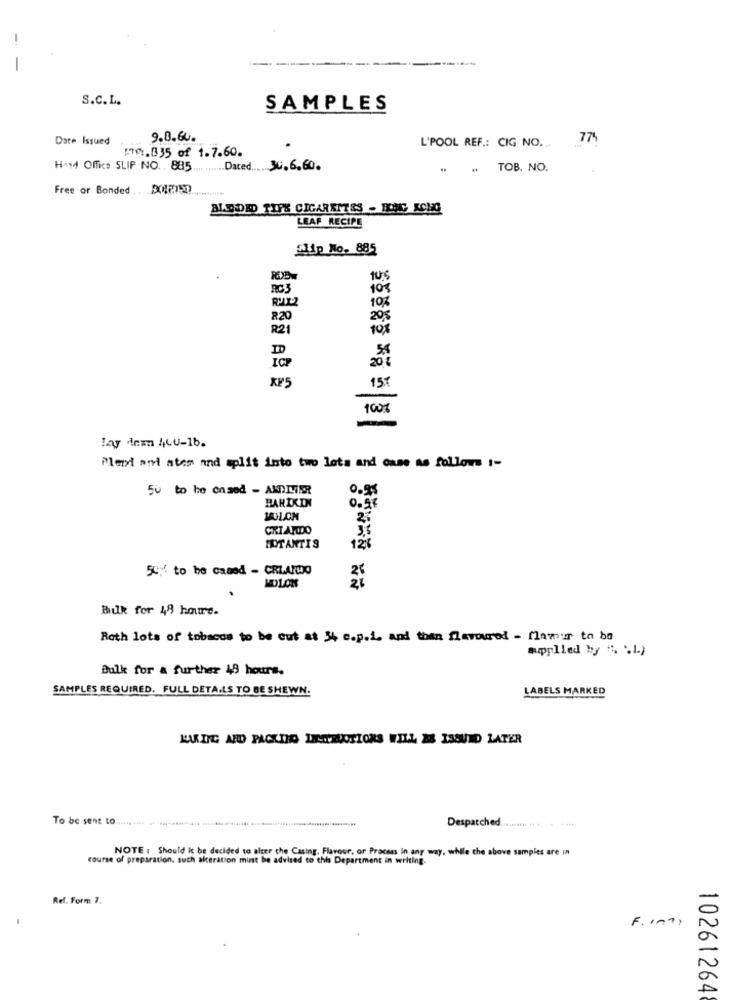
----
-
S.C.L.
SAMPLES
Date Issued
9.8.6u.
774
170.835 of 1.7.60.
L'POOL REF .: CIG NO.
Hand Office SLIP NO. 885 Dated 30.6.60.
TOB. NO.
Free or Bonded .. BORED
BLOODED TIPS CIGARETTES - HONG KONG
LEAF RECIPE
Slip No. 885
RDB-
10,5
10
10%
R20
20%
R21
10%
ID
5.5
20%
KP5
15T
lay dem 440-1b.
Plexi med atem and split into two lots and case as follows :-
50 to he ensed - ANDMER
0.95
BARIKIN
0.98
CRIANDO
HOTANTIS
12%
50% to be caned - CRIARWO
MOLOK
Bulk for 48 hours.
Both lots of tabacos to be out at 34 c.p.i. and than flavoured - flamer to be
applied by ". ".1.)
Bulk for a further 48 hours.
SAMPLES REQUIRED. FULL DETAILS TO BE SHEWN.
LABELS MARKED
LAARING AND PACKING DESTRUCTIONS WILL BE ISSUND LATER
To be sent to .......... ... ................ .................. ....................................
Despatched .......... ... . ..
NOTE : Should it be decided to alter the Casing, Flavour, or Process In any way, while the above samples are in
course of preparation, such alteration must be advised to this Department in writing.
Ref. Form 7.
F. (7)
10261264